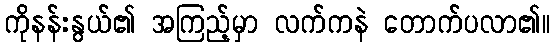
ကိုနန်းနွယ်၏ အကြည့်မှာ လက်ကနဲ တောက်ပလာ၏။